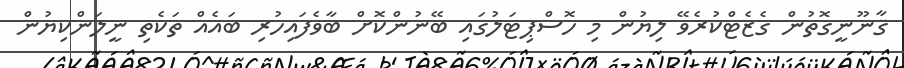
ޤާނޫނީގޮތުން ގެޒެޓްކުރެވޭ ލިޔުން މި ހޮސްޕިޓަލުގައި ބޭނުންކޮށް ބާވެފައިހުރި ބައެއް ތަކެތި ނީލަންކިޔުން